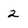
Character: 2